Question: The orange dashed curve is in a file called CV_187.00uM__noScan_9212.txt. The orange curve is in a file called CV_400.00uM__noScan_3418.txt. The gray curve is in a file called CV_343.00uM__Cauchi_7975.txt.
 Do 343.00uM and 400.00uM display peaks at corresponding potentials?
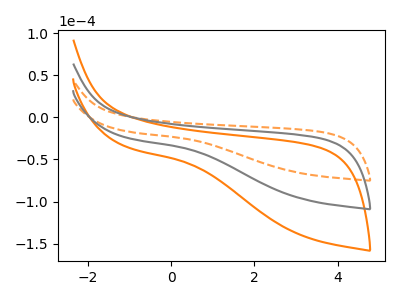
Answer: <think>The orange dashed curve "187.00uM" has no peaks. The orange curve "400.00uM" has no peaks. The gray curve "343.00uM" has no peaks.</think>
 <answer>Niether CV has any peaks.</answer>
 <eval>blanks</eval>